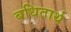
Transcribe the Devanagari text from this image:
बधितार्थ